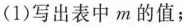
(1)写出表中m的值；